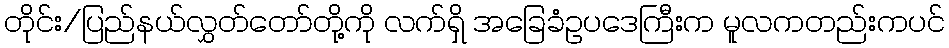
တိုင်း/ပြည်နယ်လွှတ်တော်တို့ကို လက်ရှိ အခြေခံဥပဒေကြီးက မူလကတည်းကပင်